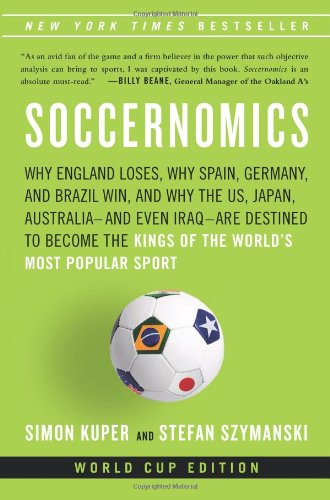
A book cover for Soccernomics: Why England Loses, Why Spain, Germany, and Brazil Win, and Why the U.S., Japan, AustraliaEEand Even IraqEEAre Destined to Become the Kings of the WorldEEs Most Popular Sport; Simon Kuper; Business & Money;